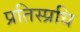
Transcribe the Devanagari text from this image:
प्रतिस्प्रधि